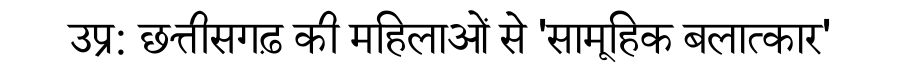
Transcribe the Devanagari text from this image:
उप्र: छत्तीसगढ़ की महिलाओं से 'सामूहिक बलात्कार'